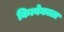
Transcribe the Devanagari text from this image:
कित्येकाला